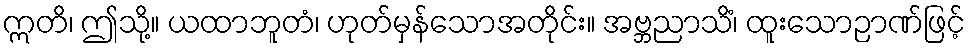
ဣတိ၊ ဤသို့။ ယထာဘူတံ၊ ဟုတ်မှန်သောအတိုင်း။ အဗ္ဘညာသိံ၊ ထူးသောဉာဏ်ဖြင့်